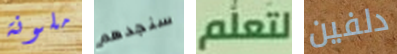
ملونة سنجدهم لتعلم دلفين